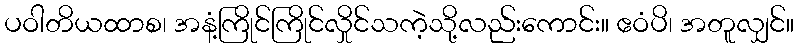
ပဝါတိယထာစ၊ အနံ့ကြိုင်ကြိုင်လှိုင်သကဲ့သို့လည်းကောင်း။ ဧဝံပိ၊ အတူလျှင်။